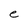
Character: e